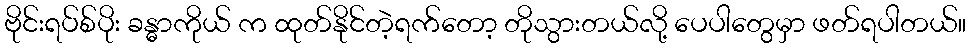
ဗိုင်းရပ်စ်ပိုး ခန္ဓာကိုယ် က ထုတ်နိုင်တဲ့ရက်တော့ တိုသွားတယ်လို့ ပေပါတွေမှာ ဖတ်ရပါတယ်။